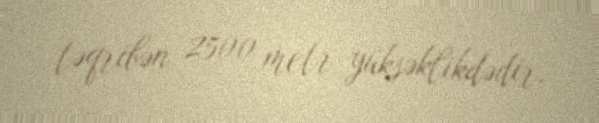
təqribən 2500 metr yüksəklikdədir.